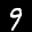
Label: 9